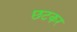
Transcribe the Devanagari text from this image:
छटकर